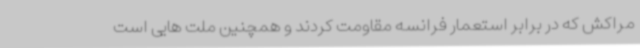
مراکش که در برابر استعمار فرانسه مقاومت کردند و همچنین ملت هایی است